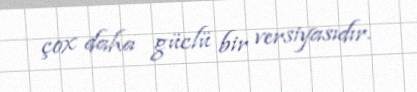
çox daha güclü bir versiyasıdır.